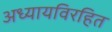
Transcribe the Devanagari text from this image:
अध्यायविरहित